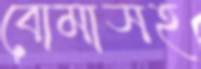
বোমাসহ